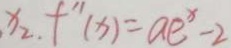
x _ { 2 } . f ^ { 1 1 } ( x ) = a e ^ { x } - 2